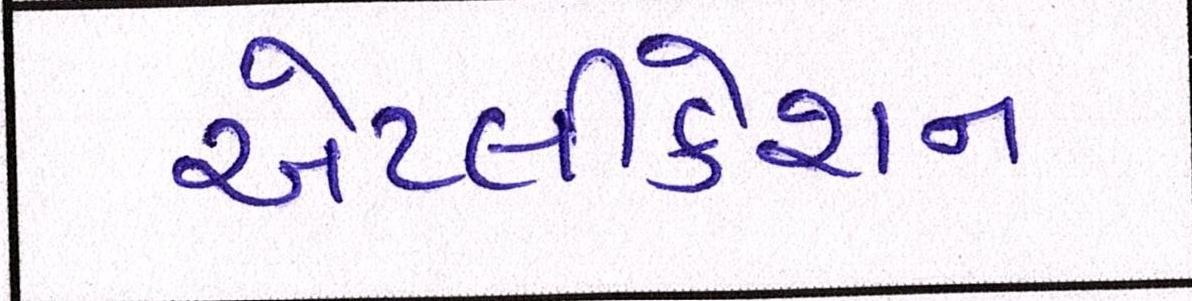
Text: એપ્લીકેશન